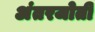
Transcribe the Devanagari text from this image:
अंतरजोती